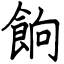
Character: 餉